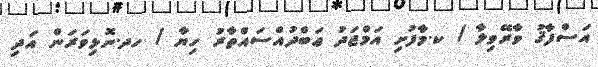
އަސްފާޤު ވާރޭވިލާ / ކ.މާފުށި އަމްޖަދު ޢަބްދުއްސައްތާރު ހިޔާ / ހދ.ނޮޅިވަރަން އަދި